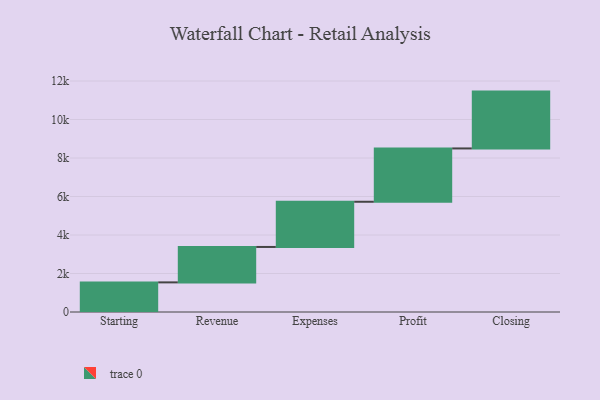
{"axis": {"x": "Step", "y": "Value"}, "legend": [""], "data": [{"x": "Starting", "y": 1539.0, "type": ""}, {"x": "Revenue", "y": 1840.0, "type": ""}, {"x": "Expenses", "y": 2348.0, "type": ""}, {"x": "Profit", "y": 2770.0, "type": ""}, {"x": "Closing", "y": 2953.0, "type": ""}]}